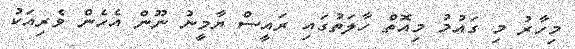
މިހާރު މި ގައުމު މިއޮތް ހާލަތުގައި ރައީސް ޔާމީނު ނޫން އެހެން ވެރިއަކު